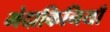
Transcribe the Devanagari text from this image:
मंदाकिनियाँ